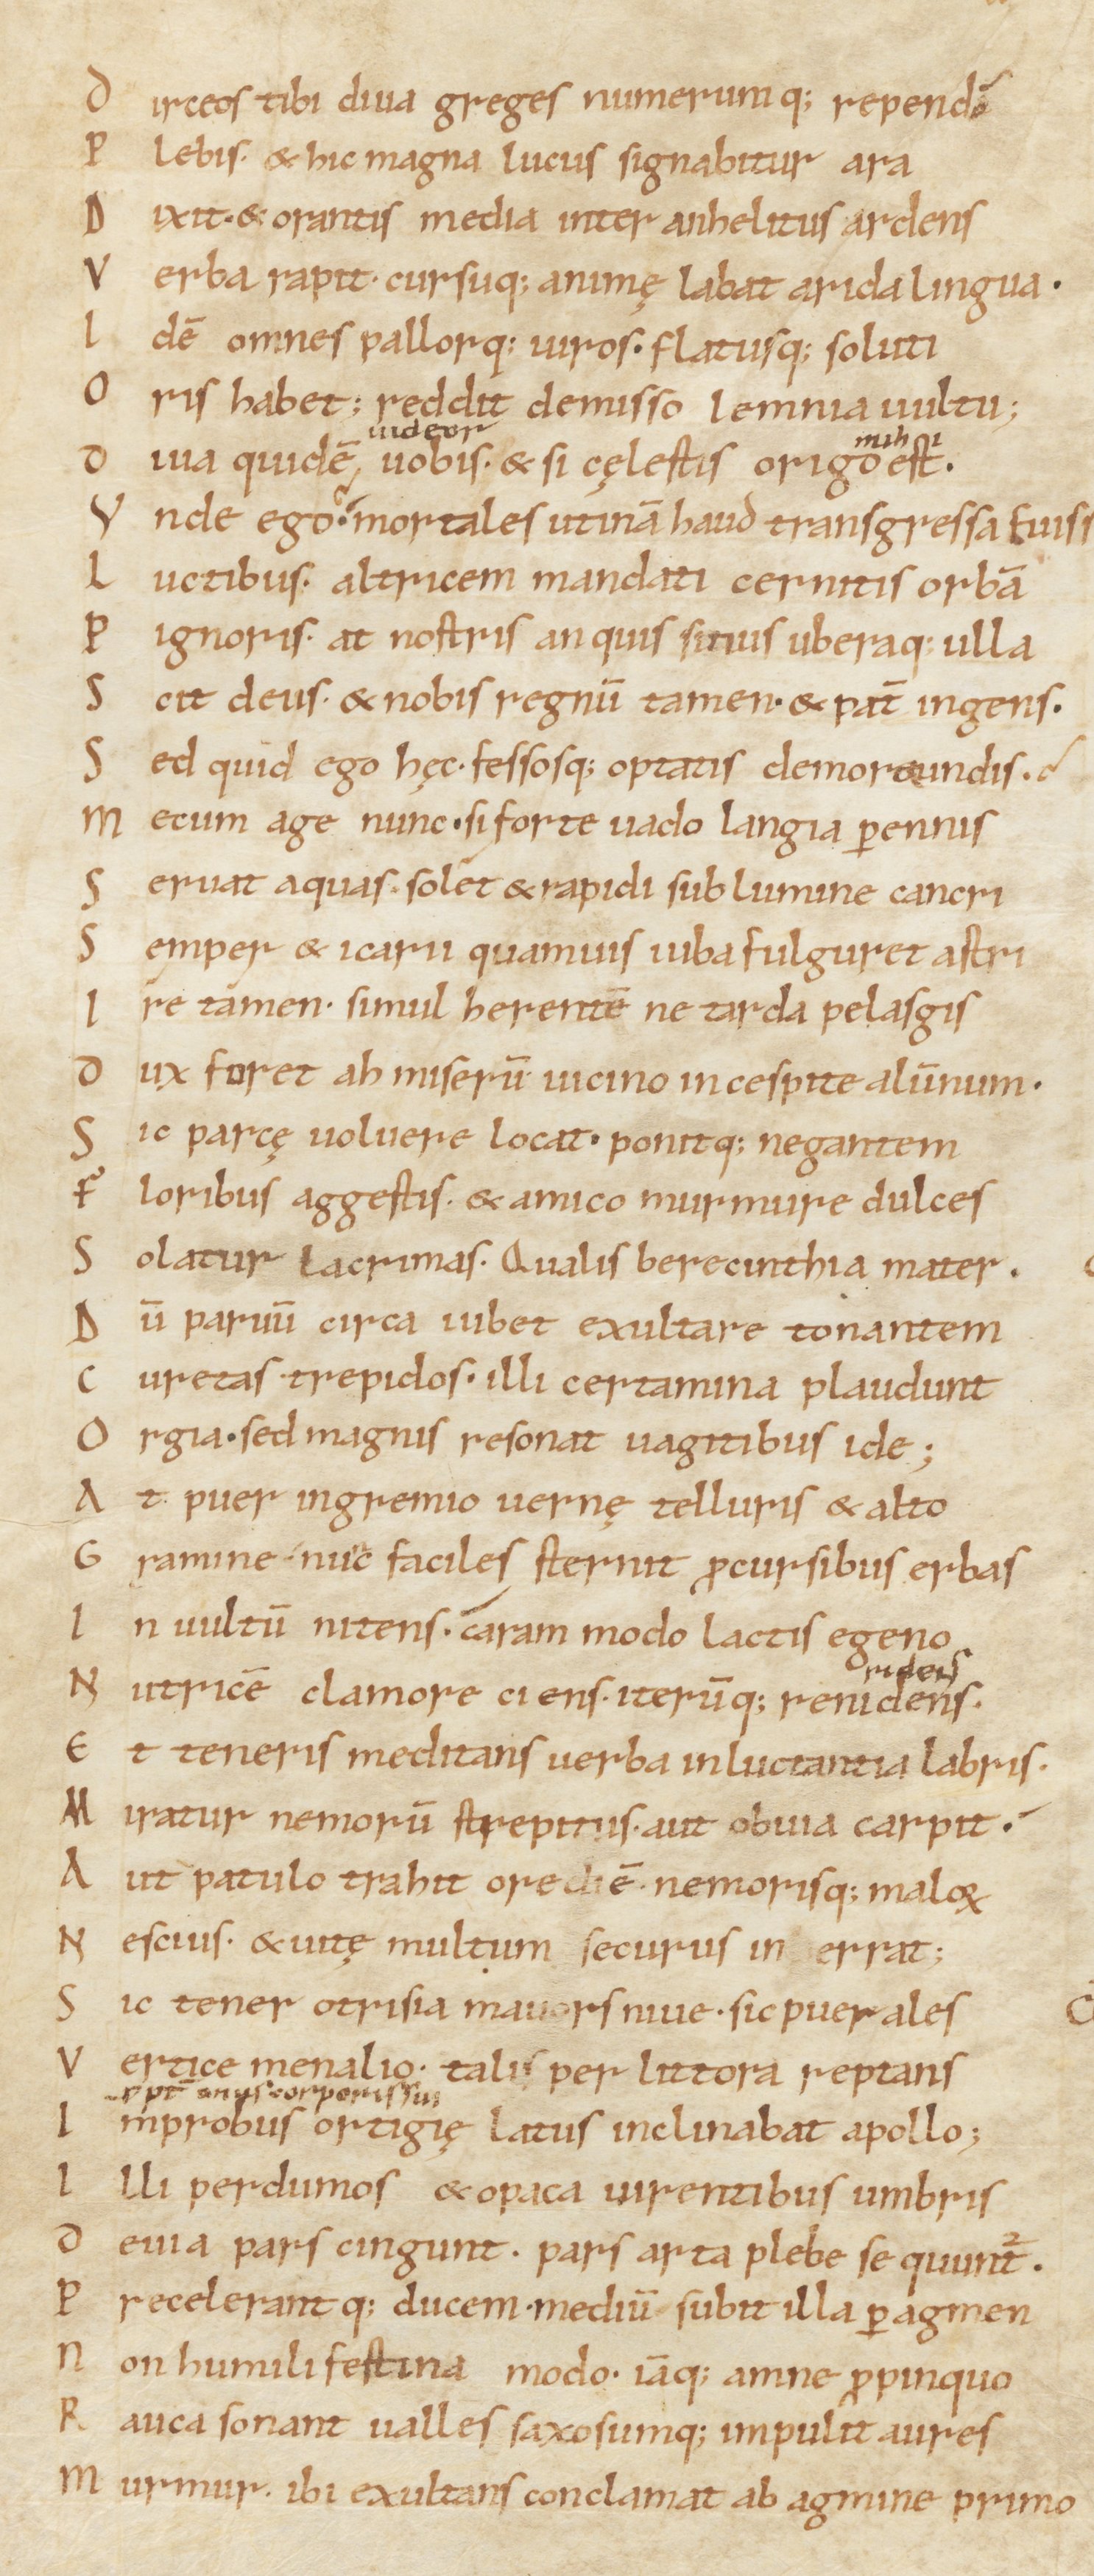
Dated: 1000–1099